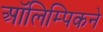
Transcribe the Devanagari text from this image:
ऑलिम्पिकने